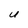
Character: U